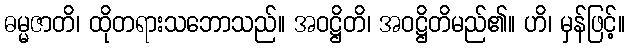
ဓမ္မဇာတိ၊ ထိုတရားသဘောသည်။ အဝဋ္ဌိတိ၊ အဝဋ္ဌိတိမည်၏။ ဟိ၊ မှန်ဖြင့်။